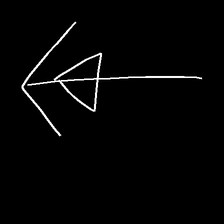
Glyph: pull